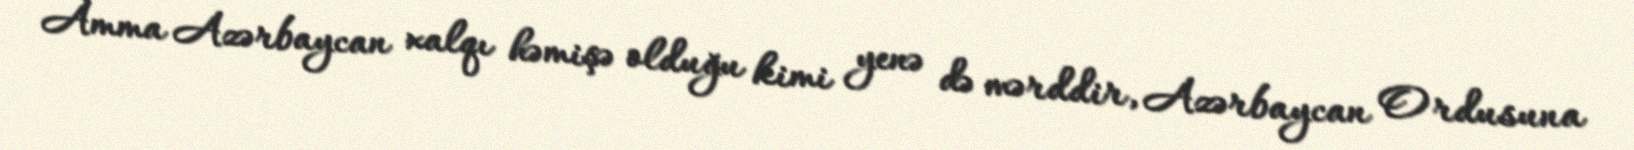
Amma Azərbaycan xalqı həmişə olduğu kimi yenə də mərddir, Azərbaycan Ordusuna